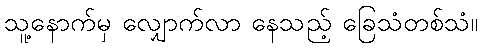
သူ့နောက်မှ လျှောက်လာ နေသည့် ခြေသံတစ်သံ။